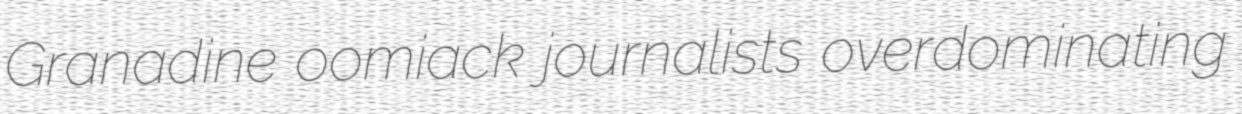
Granadine oomiack journalists overdominating